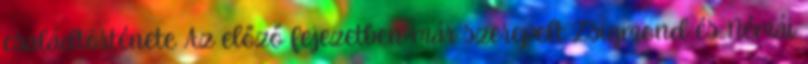
családtörténete Az előző fejezetben már szerepelt Zsigmond és Némái